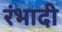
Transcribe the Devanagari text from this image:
रंभादी